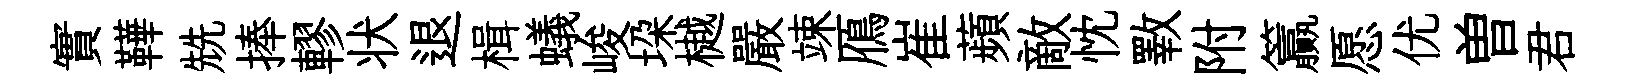
實鞾兟捧轇状退楫蟻峻垜樾嚴竦鴈崔蘋敵忱斁附籯愿优曽君